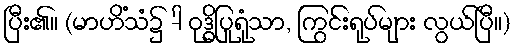
ပြီး၏။ (မာဟိံသံ၌ -ါ ဝုဒ္ဓိပြုရုံသာ, ကြွင်းရုပ်များ လွယ်ပြီ။)